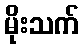
မိုးသက်